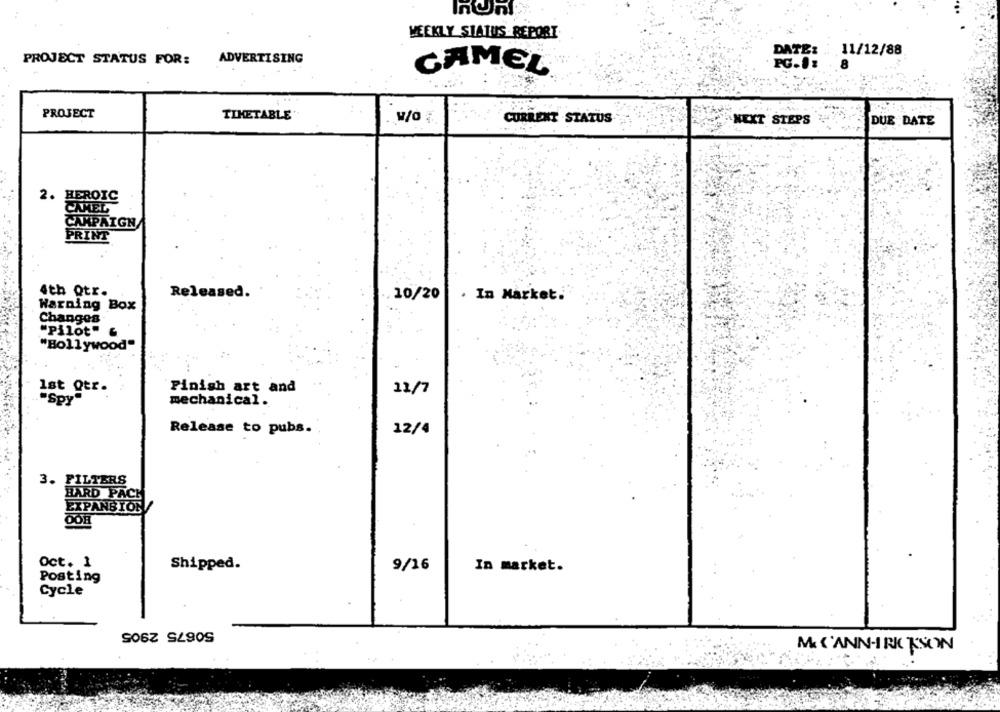
VEEKLY SIATUS REPORT
DATE:
11/12/88
PROJECT STATUS FOR:
ADVERTISING
CAMEL
PROJECT
TIMETABLE
CURRENT STATUS
NEXT STEPS
DUE DATE
2. HEROIC
CAMEL
CAMPAIGN
PRINT
Released.
4th Qtr.
10/20
. In Market.
Warning Box
Changes
"Pilot" &
"Bollywood"
Ist Qtr.
Finish art and
12/7
"Spy
mechanical.
Release to pubs.
12/4
3. FILTERS
HARD PACK
EXPANSION
OOH
Oct. 1
Shipped.
9/16
In market.
Posting
Cycle
50675 2905
M& C'ANN-IRK KSON